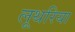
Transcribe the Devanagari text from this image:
लूथरिया